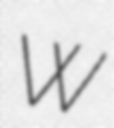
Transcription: W